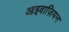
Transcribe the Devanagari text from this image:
आइवाज़ियन